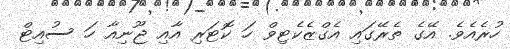
ހުރެއެވެ. އޭގެ ތެރޭގައި އެގްޒެކެޓިވް ހަ ކޮޓަރި އާއި ޖޫނިއާ ހަ ސުއިޓް